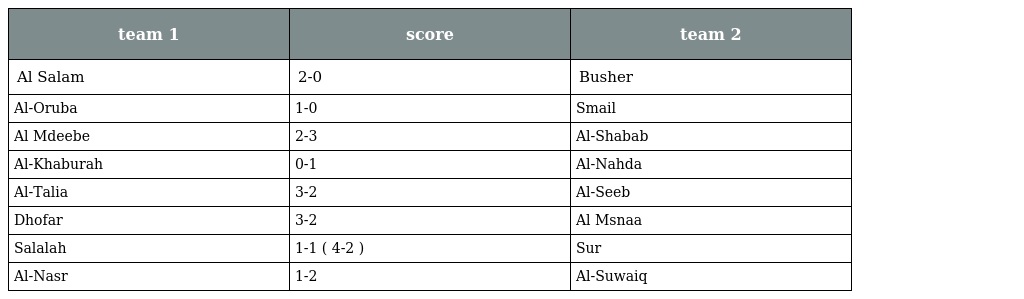
| team 1 | score | team 2 |
 | --- | --- | --- |
 | Al Salam | 2-0 | Busher |
 | Al-Oruba | 1-0 | Smail |
 | Al Mdeebe | 2-3 | Al-Shabab |
 | Al-Khaburah | 0-1 | Al-Nahda |
 | Al-Talia | 3-2 | Al-Seeb |
 | Dhofar | 3-2 | Al Msnaa |
 | Salalah | 1-1 ( 4-2 ) | Sur |
 | Al-Nasr | 1-2 | Al-Suwaiq |